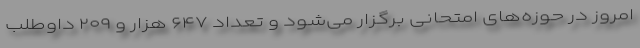
امروز در حوزه‌های امتحانی برگزار می‌شود و تعداد ۶۴۷ هزار و ۲۰۹ داوطلب